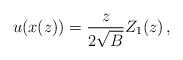
LaTeX: \begin{align*}u(x(z))=\frac{z}{2\sqrt{B }}Z_1(z)\,,\end{align*}